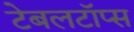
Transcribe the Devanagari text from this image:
टेबलटॉप्स